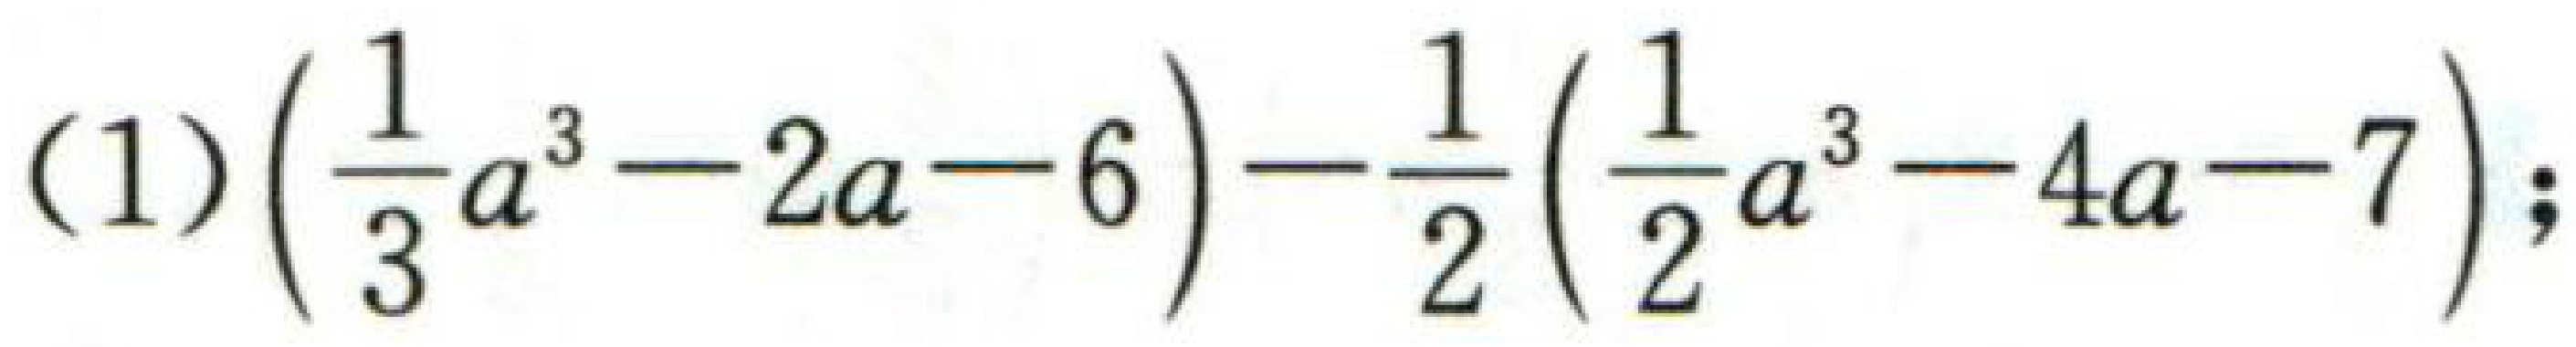
(1)$\left(\frac{1}{3}a^{3}-2a - 6\right)-\frac{1}{2}\left(\frac{1}{2}a^{3}-4a - 7\right);$